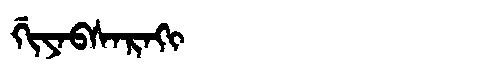
Manchu: ᡤᡳᠶᠠᠪᠰᠠᡵᠠᡴᡳ
Romanization: GIYABSARAKI